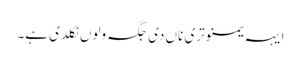
ایہہ یمنوتری ناں دی جگہ ولوں نکلدی ہے۔